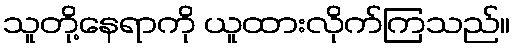
သူတို့နေရာကို ယူထားလိုက်ကြသည်။